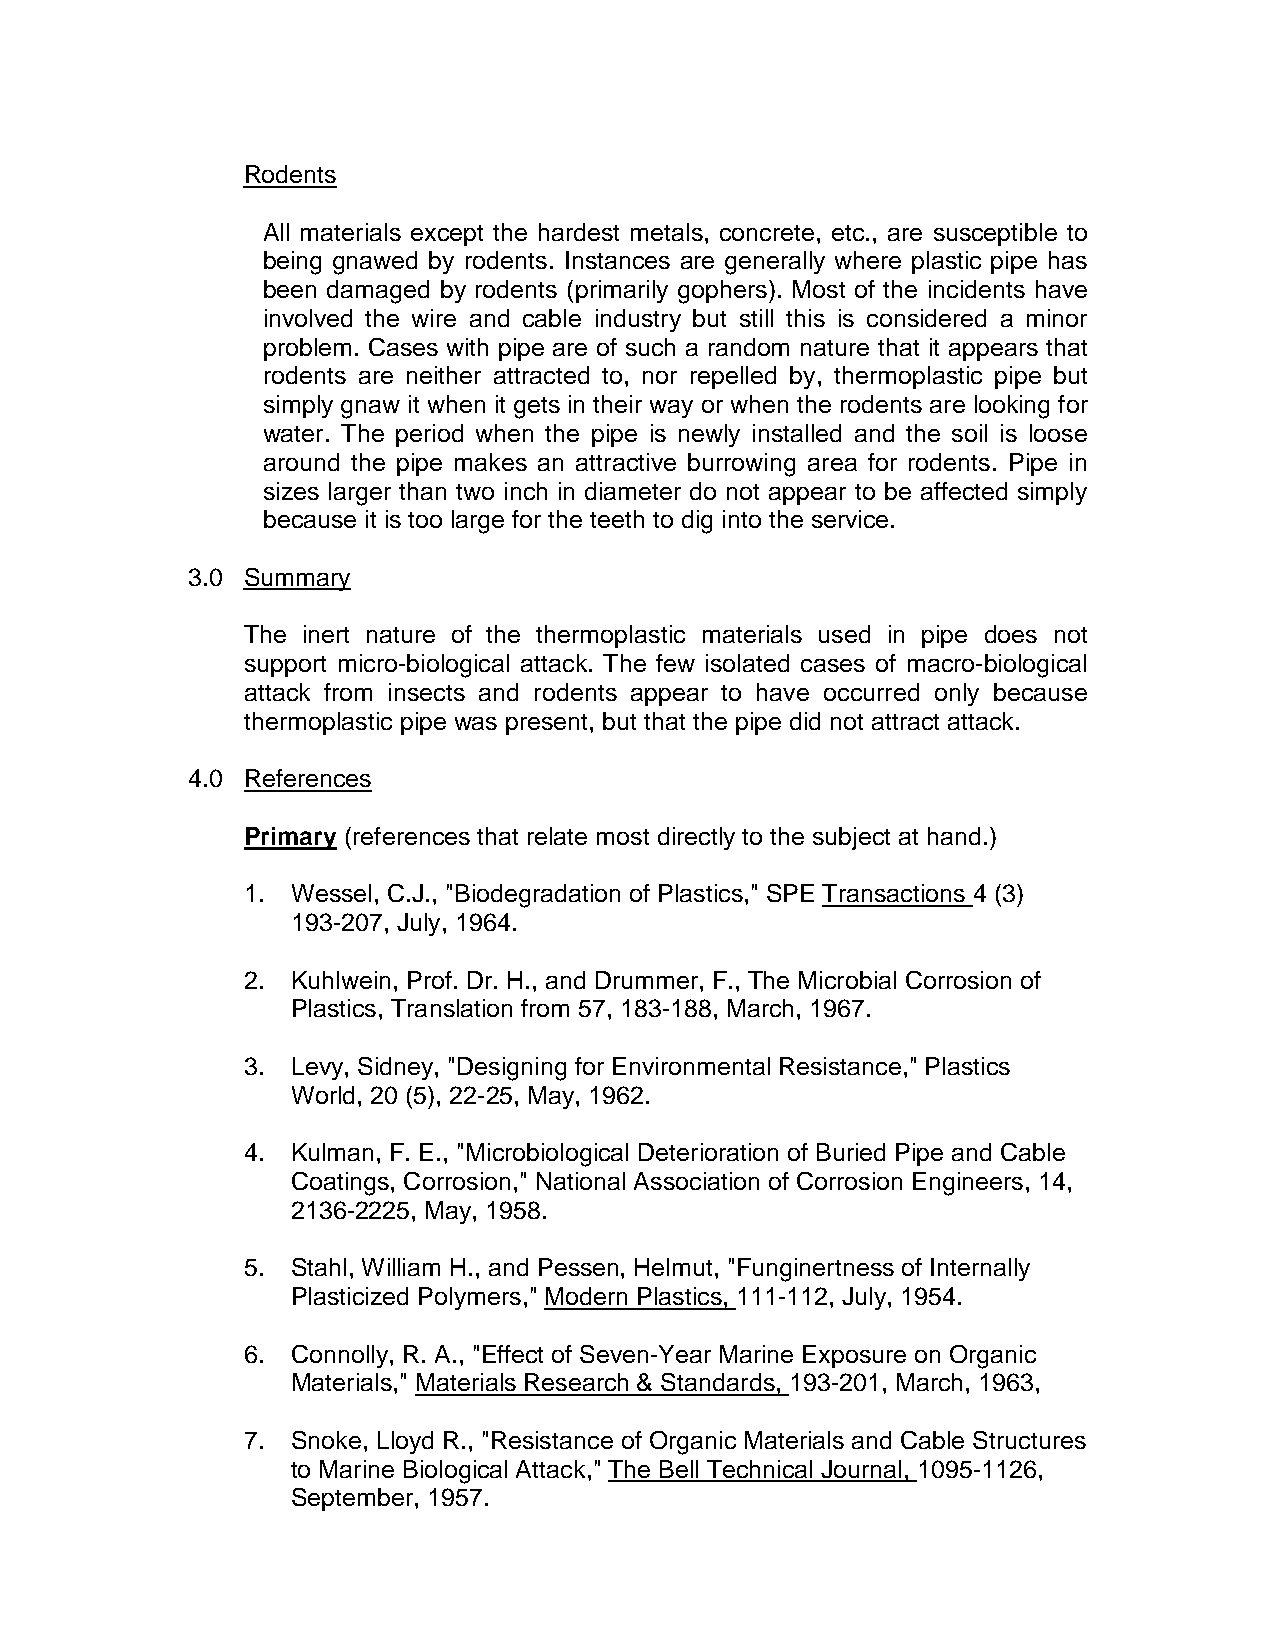
Rodents
 All materials except the hardest metals, concrete, etc., are susceptible to
 being gnawed by rodents. Instances are generally where plastic pipe has
 been damaged by rodents (primarily gophers). Most of the incidents have
 involved the wire and cable industry but still this is considered a minor
 problem. Cases with pipe are of such a random nature that it appears that
 rodents are neither attracted to, nor repelled by, thermoplastic pipe but
 simply gnaw it when it gets in their way or when the rodents are looking for
 water. The period when the pipe is newly installed and the soil is loose
 around the pipe makes an attractive burrowing area for rodents. Pipe in
 sizes larger than two inch in diameter do not appear to be affected simply
 because it is too large for the teeth to dig into the service.
 3.0 Summary
 The inert nature of the thermoplastic materials used in pipe does not
 support micro-biological attack. The few isolated cases of macro-biological
 attack from insects and rodents appear to have occurred only because
 thermoplastic pipe was present, but that the pipe did not attract attack.
 4.0 References
 Primary (references that relate most directly to the subject at hand.)
 1. Wessel, C.J., "Biodegradation of Plastics," SPE Transactions 4 (3)
 193-207, July, 1964.
 2. Kuhlwein, Prof. Dr. H., and Drummer, F., The Microbial Corrosion of
 Plastics, Translation from 57, 183-188, March, 1967.
 3. Levy, Sidney, "Designing for Environmental Resistance," Plastics
 World, 20 (5), 22-25, May, 1962.
 4. Kulman, F. E., "Microbiological Deterioration of Buried Pipe and Cable
 Coatings, Corrosion," National Association of Corrosion Engineers, 14,
 2136-2225, May, 1958.
 5. Stahl, William H., and Pessen, Helmut, "Funginertness of Internally
 Plasticized Polymers," Modern Plastics, 111-112, July, 1954.
 6. Connolly, R. A., "Effect of Seven-Year Marine Exposure on Organic
 Materials," Materials Research & Standards, 193-201, March, 1963,
 7. Snoke, Lloyd R., "Resistance of Organic Materials and Cable Structures
 to Marine Biological Attack," The Bell Technical Journal, 1095-1126,
 September, 1957.